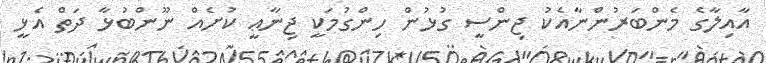
އާއިލާގެ މެންބަރުންނާއެކު ޖިންސީ ގުޅުން ހިންގުމަކީ ޖިނާޢީ ކުށެއް ނޫންބުޅާ ދަތް އެޅީ